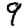
Digit: 9